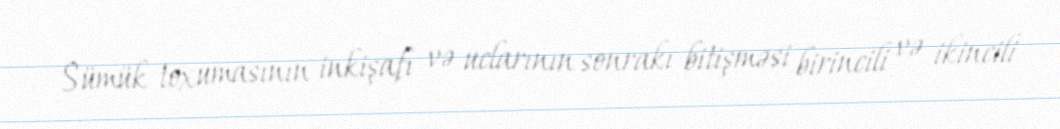
Sümük toxumasının inkişafı və uclarının sonrakı bitişməsi birincili və ikincili